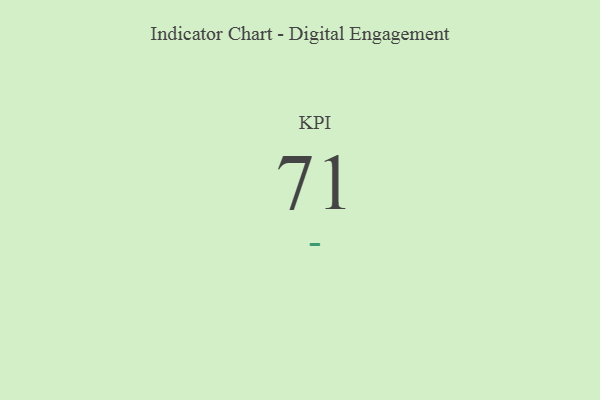
{"axis": {"x": "KPI", "y": "Value"}, "legend": [""], "data": [{"x": "KPI", "y": 71, "type": ""}]}